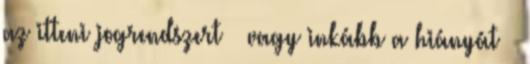
az itteni jogrendszert – vagy inkább a hiányát –